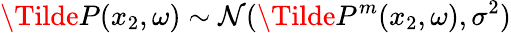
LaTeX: \Tilde{P}(x_{2},\omega)\sim\mathcal{N}(\Tilde{P}^{m}(x_{2},\omega),\sigma^{2})